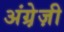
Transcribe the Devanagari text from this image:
अंग्रे़ज़ी